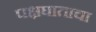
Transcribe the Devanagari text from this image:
पक्षघाताचा